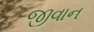
જીવાન